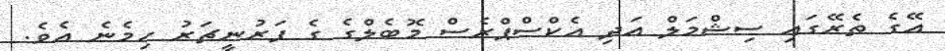
އޭގެ ތެރޭގައި ސިޝްމަލް އަދި އެކްސްޕްރެސް މޮބެލްގެ ގެ ފަރުނީޗަރު ހިމެނެ އެވެ.